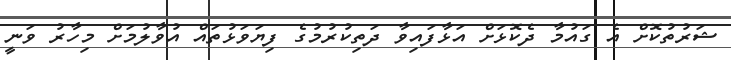
ޝަރުތުކޮށް އެ ގައުމާ ދެކޮޅަށް އަޅާފައިވާ ދަތިކުރުމުގެ ފިޔަަވަޅުތައް އުވާލުމަށް މިހާރު ވަނީ